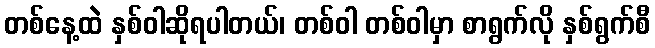
တစ်နေ့ထဲ နှစ်ဝါဆိုရပါတယ်၊ တစ်ဝါ တစ်ဝါမှာ စာရွက်လို နှစ်ရွက်စီ